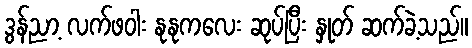
ဒွန်ညာ့ လက်ဖဝါး နုနုကလေး ဆုပ်ပြီး နှုတ် ဆက်ခဲ့သည်။